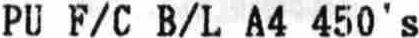
PU F/C B/L A4 450'S